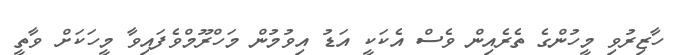
ހާޒިރުވި މީހުންގެ ތެރެއިން ވެސް އެކަކީ އަޑު އިވުމުން މަހްރޫމްވެފައިވާ މީހަކަށް ވާތީ